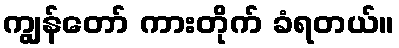
ကျွန်တော် ကားတိုက် ခံရတယ်။